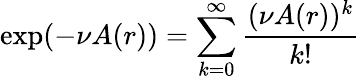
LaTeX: \exp(-\nu A(r))=\sum_{k=0}^{\infty}\frac{(\nu A(r))^{k}}{k!}